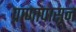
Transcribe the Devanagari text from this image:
प्राणापासून